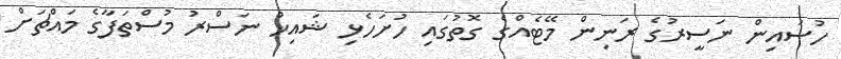
ހުސައިން ނަސީރުގެ ރަނިން މޭޓެއްގެ ގޮތުގައި ހުށަހެޅި ޝައިޚް ނަސްރު މުސްތަފާގެ މައްޗަށް